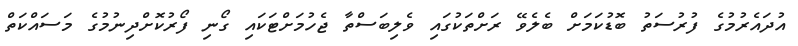
އުދައެރުމުގެ ފުރުސަތު ބޮޑުކަމަށް ބެލެވޭ ރަށްތަކުގައި ވެލިބަސްތާ ޖެހުމަށްޓަކައި ގޯނި ފޯރުކޮށްދިނުމުގެ މަސައްކަތް